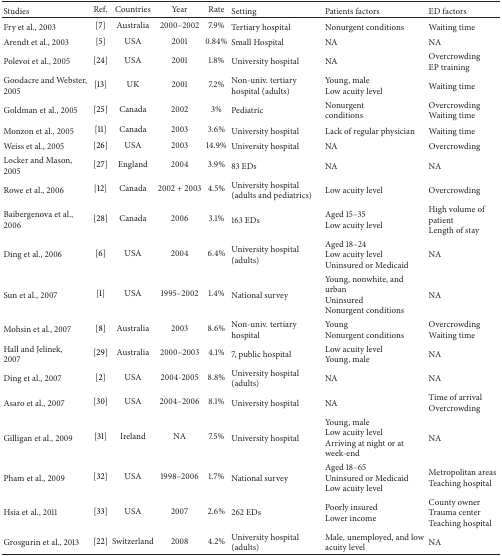
<table><thead><tr><td><b>Studies</b></td><td><b>Ref.</b></td><td><b>Countries</b></td><td><b>Year</b></td><td><b>Rate</b></td><td><b>Setting</b></td><td><b>Patients factors</b></td><td><b>ED factors</b></td></tr></thead><tbody><tr><td>Fry et al., 2003 </td><td>[7]</td><td>Australia</td><td>2000–2002</td><td>7.9%</td><td>Tertiary hospital </td><td>Nonurgent conditions</td><td>Waiting time</td></tr><tr><td>Arendt et al., 2003 </td><td>[5]</td><td>USA</td><td>2001</td><td>0.84%</td><td>Small Hospital</td><td>NA</td><td>NA</td></tr><tr><td>Polevoi et al., 2005 </td><td>[24]</td><td>USA</td><td>2001</td><td>1.8%</td><td>University hospital </td><td>NA</td><td>Overcrowding EP training</td></tr><tr><td>Goodacre and Webster, 2005 </td><td>[13]</td><td>UK</td><td>2001</td><td>7.2%</td><td>Non-univ. tertiary hospital (adults)</td><td>Young, male Low acuity level </td><td>Waiting time</td></tr><tr><td>Goldman et al., 2005 </td><td>[25]</td><td>Canada</td><td>2002</td><td>3%</td><td>Pediatric</td><td>Nonurgent conditions</td><td>Overcrowding Waiting time</td></tr><tr><td>Monzon et al., 2005 </td><td>[11]</td><td>Canada</td><td>2003</td><td>3.6%</td><td>University hospital </td><td>Lack of regular physician</td><td>Waiting time</td></tr><tr><td>Weiss et al., 2005 </td><td>[26]</td><td>USA</td><td>2003</td><td>14.9%</td><td>University hospital</td><td>NA</td><td>Overcrowding</td></tr><tr><td>Locker and Mason, 2005 </td><td>[27]</td><td>England</td><td>2004</td><td>3.9%</td><td>83 EDs</td><td>NA</td><td>NA</td></tr><tr><td>Rowe et al., 2006 </td><td>[12]</td><td>Canada</td><td>2002 + 2003</td><td>4.5%</td><td>University hospital (adults and pediatrics)</td><td>Low acuity level </td><td>Overcrowding</td></tr><tr><td>Baibergenova et al., 2006 </td><td>[28]</td><td>Canada</td><td>2006</td><td>3.1%</td><td>163 EDs</td><td>Aged 15–35 Low acuity level</td><td>High volume of patient Length of stay</td></tr><tr><td>Ding et al., 2006 </td><td>[6]</td><td>USA</td><td>2004</td><td>6.4%</td><td>University hospital (adults)</td><td>Aged 18–24 Low acuity level Uninsured or Medicaid </td><td>NA</td></tr><tr><td>Sun et al., 2007 </td><td>[1]</td><td>USA</td><td>1995–2002</td><td>1.4%</td><td>National survey</td><td>Young, nonwhite, and urban Uninsured Nonurgent conditions</td><td>NA</td></tr><tr><td>Mohsin et al., 2007 </td><td>[8]</td><td>Australia</td><td>2003</td><td>8.6%</td><td>Non-univ. tertiary hospital </td><td>Young Nonurgent conditions</td><td>Overcrowding Waiting time</td></tr><tr><td>Hall and Jelinek, 2007 </td><td>[29]</td><td>Australia</td><td>2000–2003</td><td>4.1%</td><td>7, public hospital </td><td>Low acuity level Young, male</td><td>NA</td></tr><tr><td>Ding et al., 2007 </td><td>[2]</td><td>USA</td><td>2004-2005</td><td> 8.8%</td><td>University hospital (adults)</td><td> NA </td><td>NA</td></tr><tr><td>Asaro et al., 2007 </td><td>[30]</td><td>USA</td><td>2004–2006</td><td>8.1%</td><td>University hospital </td><td>NA</td><td>Time of arrival Overcrowding</td></tr><tr><td>Gilligan et al., 2009 </td><td>[31]</td><td>Ireland</td><td>NA</td><td>7.5%</td><td>University hospital </td><td>Young, male Low acuity level Arriving at night or at week-end</td><td>NA</td></tr><tr><td>Pham et al., 2009 </td><td>[32]</td><td>USA</td><td>1998–2006</td><td>1.7%</td><td>National survey</td><td>Aged 18–65 Uninsured or Medicaid Low acuity level</td><td>Metropolitan areas Teaching hospital</td></tr><tr><td>Hsia et al., 2011 </td><td>[33]</td><td>USA</td><td>2007</td><td>2.6%</td><td>262 EDs </td><td>Poorly insured Lower income</td><td>County owner Trauma center Teaching hospital</td></tr><tr><td>Grosgurin et al., 2013 </td><td>[22]</td><td>Switzerland</td><td>2008</td><td>4.2%</td><td>University hospital (adults)</td><td>Male, unemployed, and low acuity level </td><td>NA</td></tr></tbody></table>